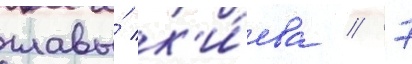
главы́ к'и́ева // 7